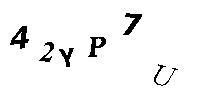
42YP7U